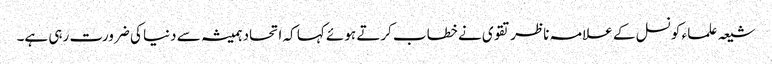
شیعہ علما ء کونسل کے علامہ ناظر تقوی نے خطاب کرتے ہوئے کہا کہ اتحاد ہمیشہ سے دنیا کی ضرورت رہی ہے۔